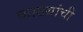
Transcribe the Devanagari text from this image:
काठय़ांची